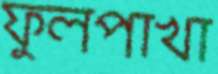
ফুলপাখা